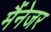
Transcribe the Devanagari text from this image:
मैंनेजर